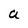
Character: a